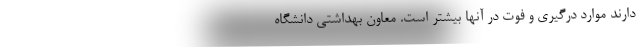
دارند موارد درگیری و فوت در آنها بیشتر است. معاون بهداشتی دانشگاه